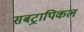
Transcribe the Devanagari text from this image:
सबट्रापिकल